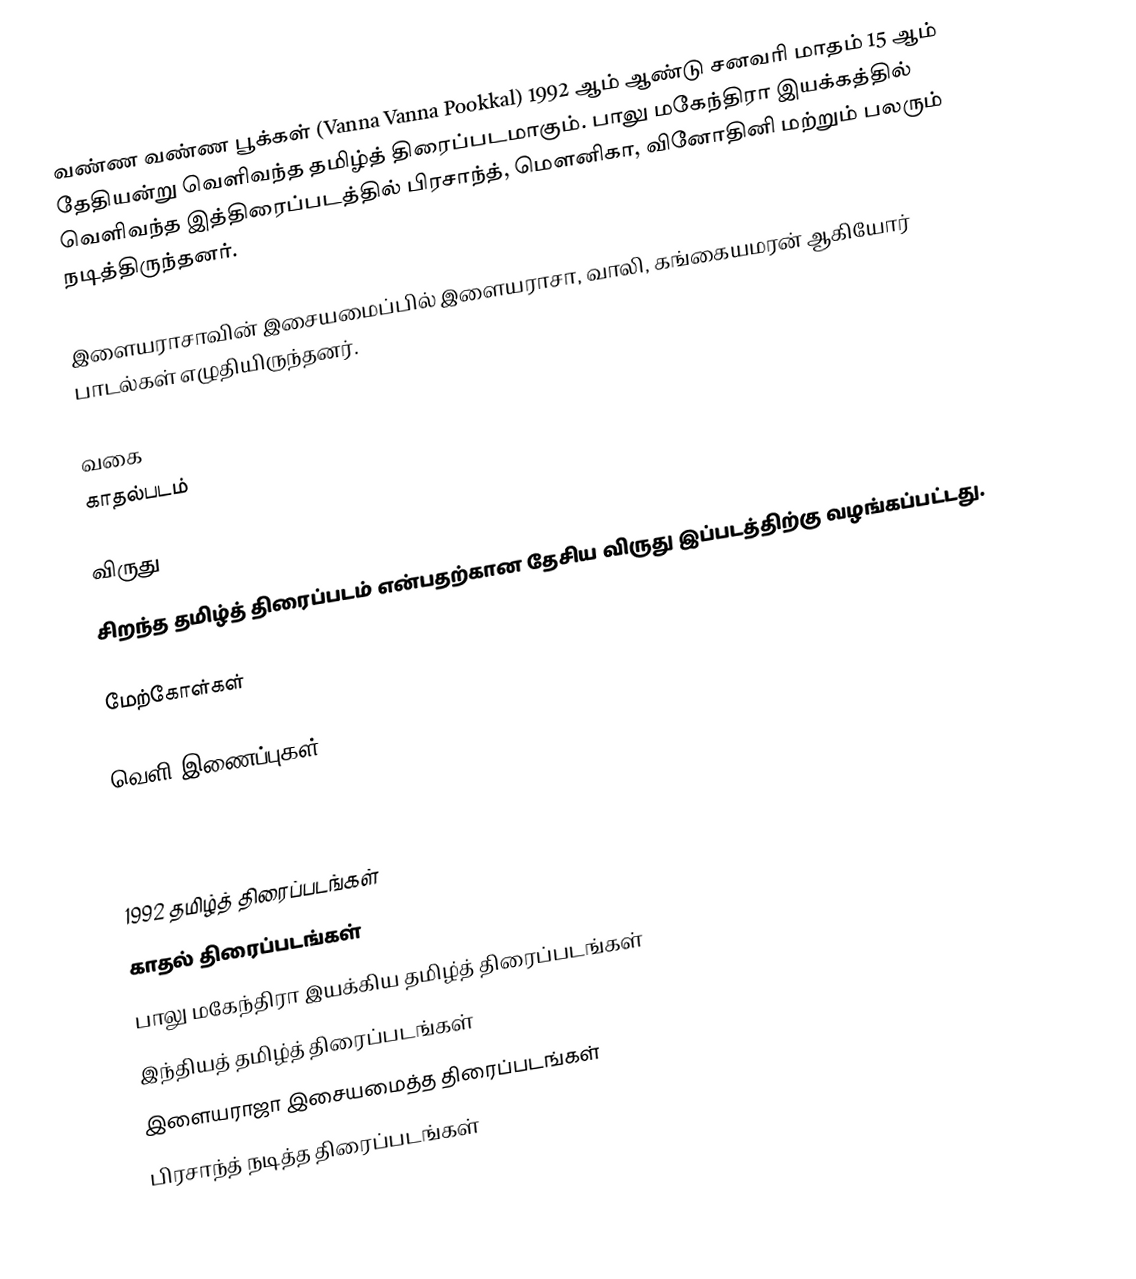
வண்ண வண்ண பூக்கள் (Vanna Vanna Pookkal)  1992 ஆம் ஆண்டு சனவரி மாதம் 15 ஆம் தேதியன்று வெளிவந்த தமிழ்த் திரைப்படமாகும். பாலு மகேந்திரா இயக்கத்தில் வெளிவந்த இத்திரைப்படத்தில் பிரசாந்த், மௌனிகா, வினோதினி மற்றும் பலரும் நடித்திருந்தனர்.

இளையராசாவின் இசையமைப்பில் இளையராசா, வாலி, கங்கையமரன் ஆகியோர் பாடல்கள் எழுதியிருந்தனர்.

வகை
காதல்படம்

விருது
சிறந்த தமிழ்த் திரைப்படம் என்பதற்கான தேசிய விருது இப்படத்திற்கு வழங்கப்பட்டது.

மேற்கோள்கள்

வெளி இணைப்புகள்

1992 தமிழ்த் திரைப்படங்கள்
காதல் திரைப்படங்கள்
பாலு மகேந்திரா இயக்கிய தமிழ்த் திரைப்படங்கள்
இந்தியத் தமிழ்த் திரைப்படங்கள்
இளையராஜா இசையமைத்த திரைப்படங்கள்
பிரசாந்த் நடித்த திரைப்படங்கள்